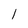
Character: l